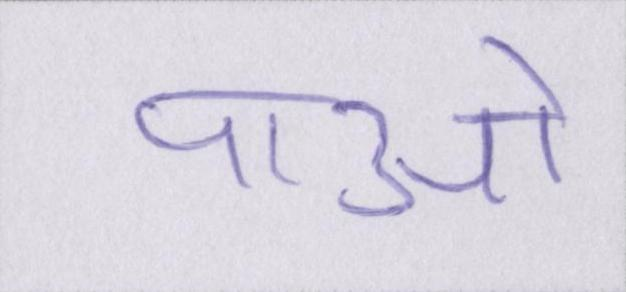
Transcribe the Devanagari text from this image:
पाओ